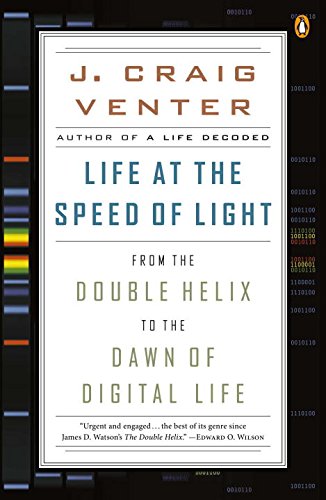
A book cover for Life at the Speed of Light: From the Double Helix to the Dawn of Digital Life; J. Craig Venter; Medical Books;